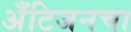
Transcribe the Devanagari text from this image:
अँटिजनचा